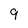
Character: 9